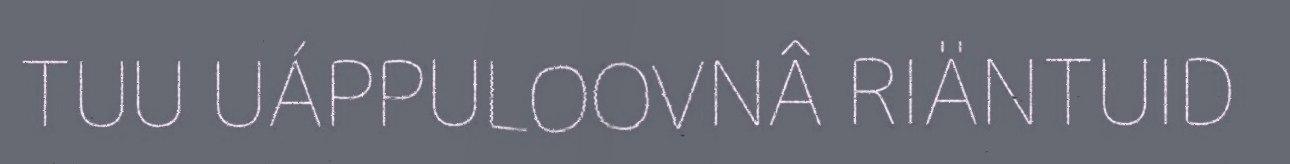
TUU UÁPPULOOVNÂ RIÄNTUID